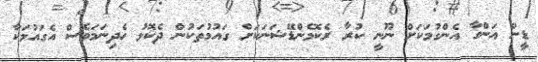
ޑީން އަންގާ އެންގުމަކަށް ނޫނީ ކުރާ ރެކޮމެންޑޭޝަނަކަށް ގައުމުތަކުން ދެކޮޅު ހެދިނަމަވެސް އެގައުމަކާ